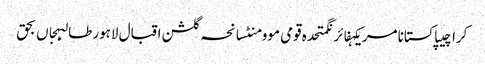
کراچیپاکستانامریکہفائرنگمتحدہ قومی موومنٹسانحہ گلشن اقبال لاہورطالبہجاں بحق